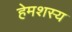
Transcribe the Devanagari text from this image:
हेमशस्य